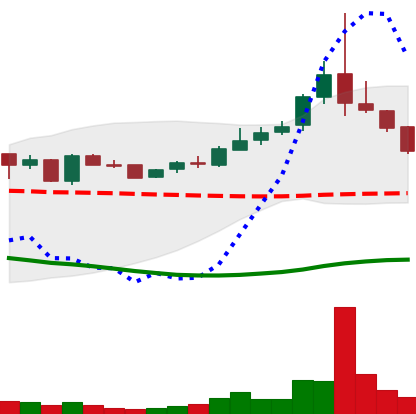
Ticker: TRX-USD
Chart end date: 2019-01-13
Forward return: 16.491%
Label: up_7plus